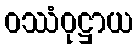
ဝဿံဝုဋ္ဌာယ